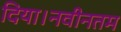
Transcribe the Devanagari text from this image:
दिया।नवीनतम